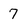
Character: 7